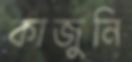
কাজুনি